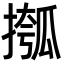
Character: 摦